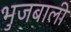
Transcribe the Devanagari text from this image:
भुजबाली